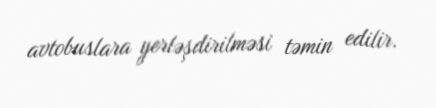
avtobuslara yerləşdirilməsi təmin edilir.